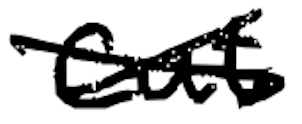
Text: cut
Cross-out: cross
Writing tool: digital_black